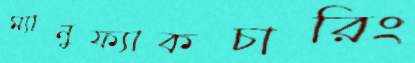
ম্যানুফ্যাকচারিং